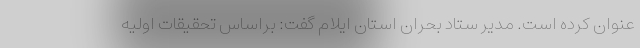
عنوان کرده است. مدیر ستاد بحران استان ایلام گفت: براساس تحقیقات اولیه